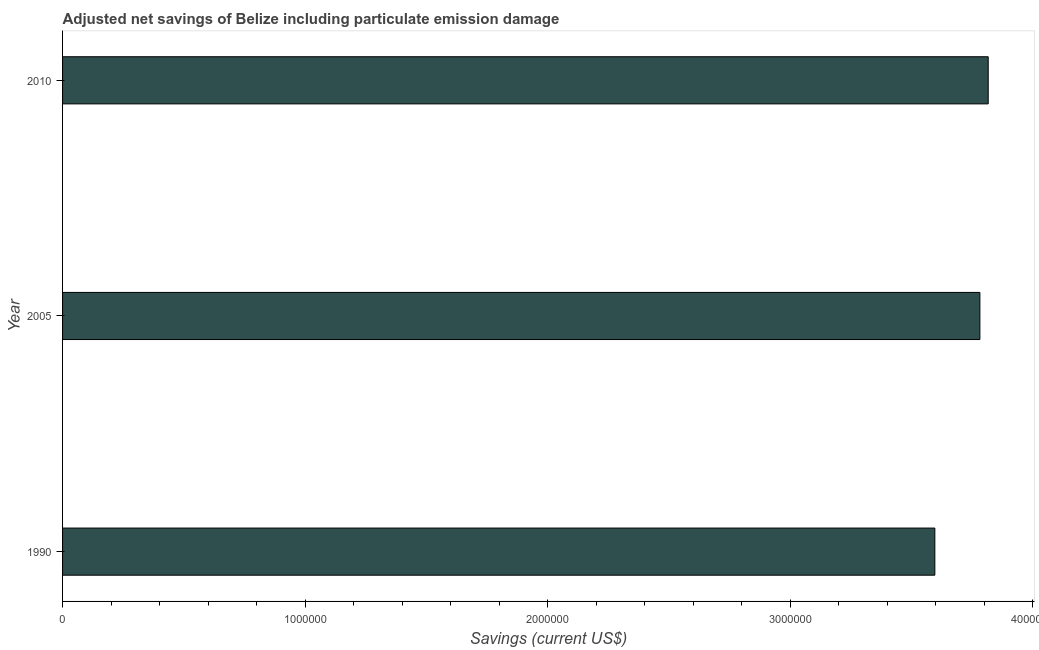
| Year | Adjusted savings: particulate emission damage (current US$) |
 | --- | --- |
 | 1990 | 3.6e+06 |
 | 2005 | 3.78e+06 |
 | 2010 | 3.82e+06 |